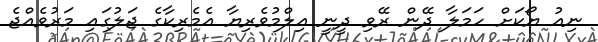
ނިއު ޔޯކަށް ހަމަލާ ދޭން ރޭވި ދީނީ އިލްމުވެރިޔާ އެމެރިކާގެ ޖަލުގައި މަރުވެއްޖެ